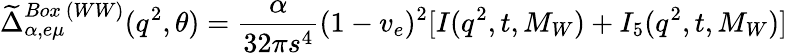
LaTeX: \widetilde{\Delta}_{\alpha,e\mu}^{Box~(WW)}(q^{2},\theta)={\frac{\alpha}{32\pi s^{4}}}(1-v_{e})^{2}[I(q^{2},t,M_{W})+I_{5}(q^{2},t,M_{W})]